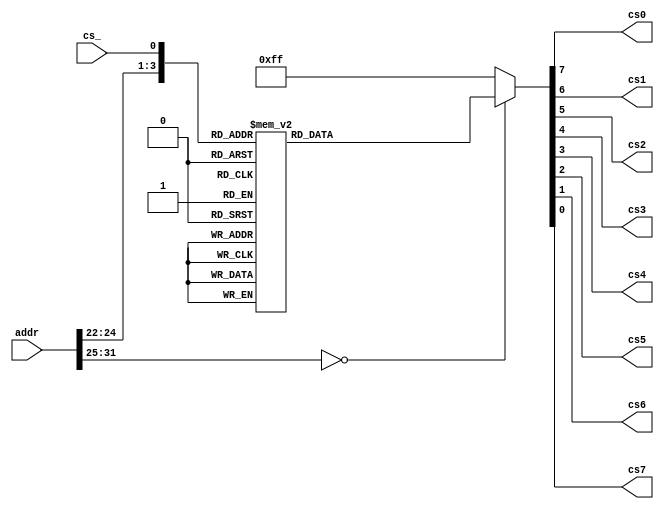
module cselect(addr, cs0, cs1, cs2, cs3, cs4, cs5, cs6, cs7, cs_);
	input [31:0] addr;
	input cs_;
	output cs0;
	output cs1;
	output cs2;
	output cs3;
	output cs4;
	output cs5;
	output cs6;
	output cs7;
	
reg cs0 = 1;
reg cs1 = 1;
reg cs2 = 1;
reg cs3 = 1;
reg cs4 = 1;
reg cs5 = 1;
reg cs6 = 1;
reg cs7 = 1;
	
always @(*)
	case( { addr[31:22], cs_ } )
		11'h0:		{ cs0, cs1, cs2, cs3, cs4, cs5, cs6, cs7 } <= { 1'b0, 1'b1, 1'b1, 1'b1, 1'b1, 1'b1, 1'b1, 1'b1 };
		11'h2:		{ cs0, cs1, cs2, cs3, cs4, cs5, cs6, cs7 } <= { 1'b1, 1'b0, 1'b1, 1'b1, 1'b1, 1'b1, 1'b1, 1'b1 };
		11'h4:		{ cs0, cs1, cs2, cs3, cs4, cs5, cs6, cs7 } <= { 1'b1, 1'b1, 1'b0, 1'b1, 1'b1, 1'b1, 1'b1, 1'b1 };
		11'h6:		{ cs0, cs1, cs2, cs3, cs4, cs5, cs6, cs7 } <= { 1'b1, 1'b1, 1'b1, 1'b0, 1'b1, 1'b1, 1'b1, 1'b1 };
		11'h8:		{ cs0, cs1, cs2, cs3, cs4, cs5, cs6, cs7 } <= { 1'b1, 1'b1, 1'b1, 1'b1, 1'b0, 1'b1, 1'b1, 1'b1 };
		11'ha:		{ cs0, cs1, cs2, cs3, cs4, cs5, cs6, cs7 } <= { 1'b1, 1'b1, 1'b1, 1'b1, 1'b1, 1'b0, 1'b1, 1'b1 };
		11'hc:		{ cs0, cs1, cs2, cs3, cs4, cs5, cs6, cs7 } <= { 1'b1, 1'b1, 1'b1, 1'b1, 1'b1, 1'b1, 1'b0, 1'b1 };
		11'he:		{ cs0, cs1, cs2, cs3, cs4, cs5, cs6, cs7 } <= { 1'b1, 1'b1, 1'b1, 1'b1, 1'b1, 1'b1, 1'b1, 1'b0 };		
		
		default:	{ cs0, cs1, cs2, cs3, cs4, cs5, cs6, cs7 } <= { 1'b1, 1'b1, 1'b1, 1'b1, 1'b1, 1'b1, 1'b1, 1'b1 };
	endcase
	
endmodule